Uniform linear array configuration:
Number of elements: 16
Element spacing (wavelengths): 0.5
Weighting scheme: kaiser
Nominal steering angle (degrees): -45
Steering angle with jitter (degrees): -43.025
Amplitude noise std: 0.05
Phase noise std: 0.05

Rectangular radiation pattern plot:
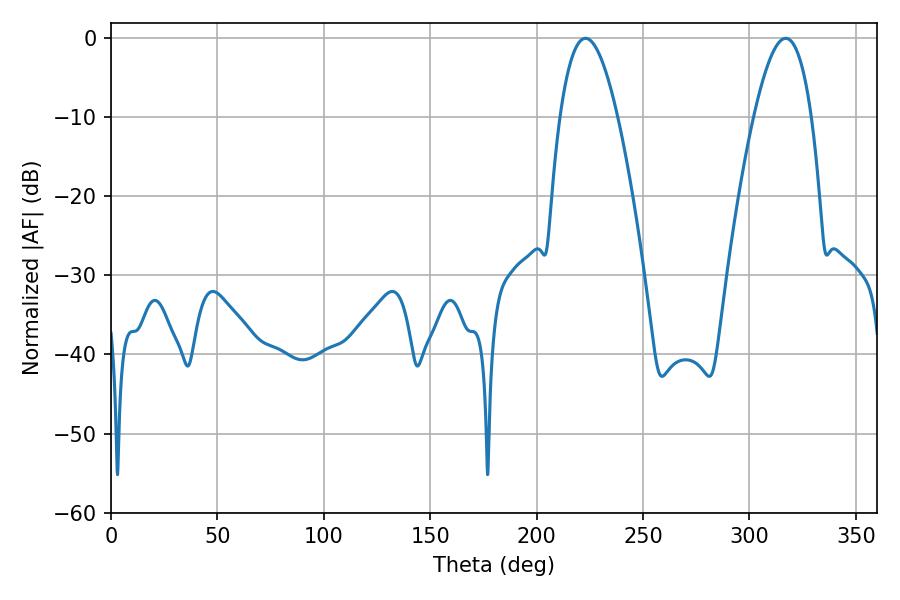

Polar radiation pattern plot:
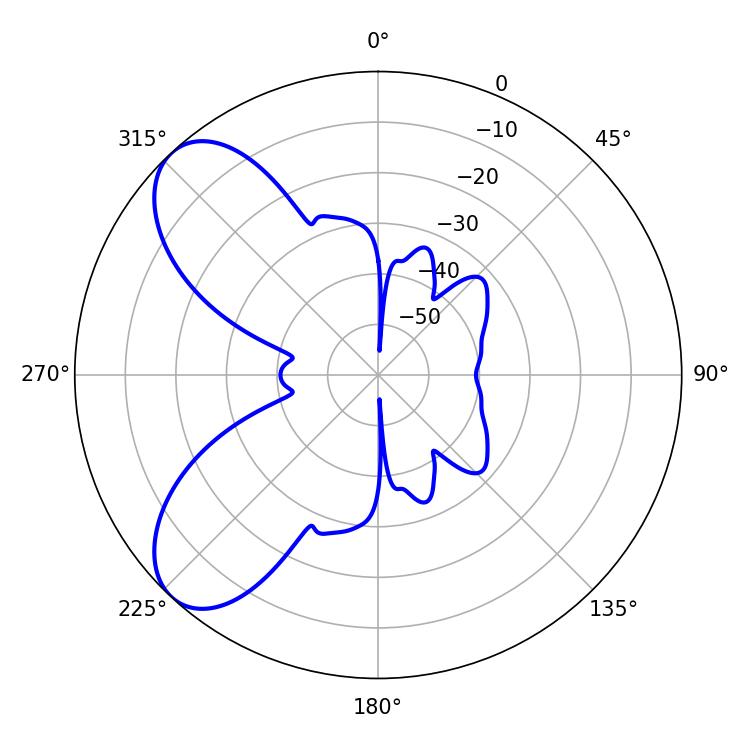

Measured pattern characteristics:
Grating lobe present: FALSE
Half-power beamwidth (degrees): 14.76
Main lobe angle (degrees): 223.02